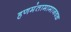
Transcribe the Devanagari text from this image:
हणमंतामामाजवळ